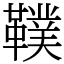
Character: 䪁